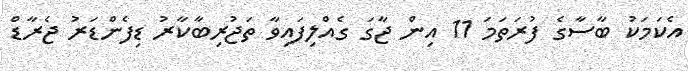
އެކަމަކު ބާސާގެ ފުރަތަމަ 11 އިން ޖާގަ ގެއްލިފައިވާ ތަޖުރިބާކާރު ޑިފެންޑަރު ޖެރާޑް